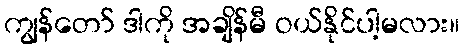
ကျွန်တော် ဒါကို အချိန်မီ ဝယ်နိုင်ပါ့မလား။